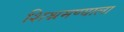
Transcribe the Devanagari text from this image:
शिश्नमण्याला